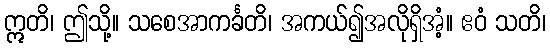
ဣတိ၊ ဤသို့။ သစေအာကင်္ခတိ၊ အကယ်၍အလိုရှိအံ့။ ဧဝံ သတိ၊